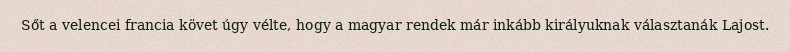
Sőt a velencei francia követ úgy vélte, hogy a magyar rendek már inkább királyuknak választanák Lajost.